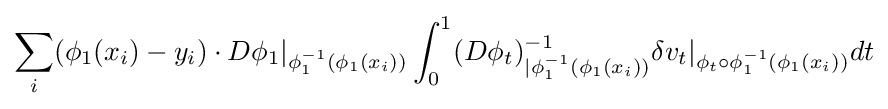
\sum _{i}(\phi _{1}(x_{i})-y_{i})\cdot D\phi _{1}|_{\phi _{1}^{-1}(\phi _{1}(x_{i}))}\int _{0}^{1}(D\phi _{t})_{|\phi _{1}^{-1}(\phi _{1}(x_{i}))}^{-1}\delta v_{t}|_{\phi _{t}\circ \phi _{1}^{-1}(\phi _{1}(x_{i}))}dt